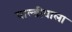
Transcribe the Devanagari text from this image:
बाल्डीवाला